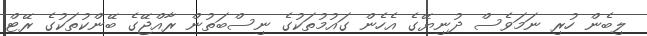
ލިބެން ހުރި ނަމަވެސް ދުނިޔޭގެ އެހެން ގައުމުތަކުގެ ނިސްބަތުން ރާއްޖޭގެ ބޭންކުތަކުގެ ރޭޓް